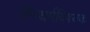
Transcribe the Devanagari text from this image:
जैनधर्मविषयक